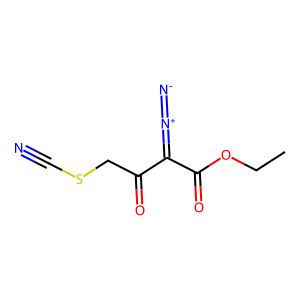
SMILES: CCOC(=O)C(=[N+]=[N-])C(=O)CSC#N
Inhibits HIV replication: No